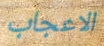
الاعجاب